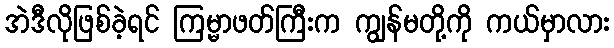
အဲဒီလိုဖြစ်ခဲ့ရင် ကြမ္မာဖတ်ကြီးက ကျွန်မတို့ကို ကယ်မှာလား